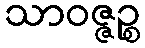
သာဝဇ္ဇဉ္စ